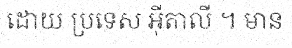
ដោយ ប្រទេស អ៊ីតាលី ។ មាន